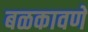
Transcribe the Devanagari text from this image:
बळकावणे